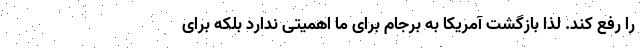
را رفع کند. لذا بازگشت آمریکا به برجام برای ما اهمیتی ندارد بلکه برای